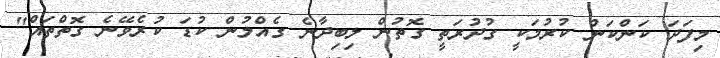
މިފަދަ ކަންކަން ކުރުމަކީ ގުދުރަތީ ގޮތުން ލިބިދާނެ ގެއްލުން ކުޑަ ކުރެވޭނެ ގޮތްތައް"